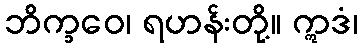
ဘိက္ခဝေ၊ ရဟန်းတို့။ ဣဒံ၊